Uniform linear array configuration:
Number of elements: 64
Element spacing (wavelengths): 0.25
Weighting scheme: hann
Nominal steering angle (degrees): -15
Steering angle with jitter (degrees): -15.61
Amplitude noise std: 0.05
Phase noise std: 0.05

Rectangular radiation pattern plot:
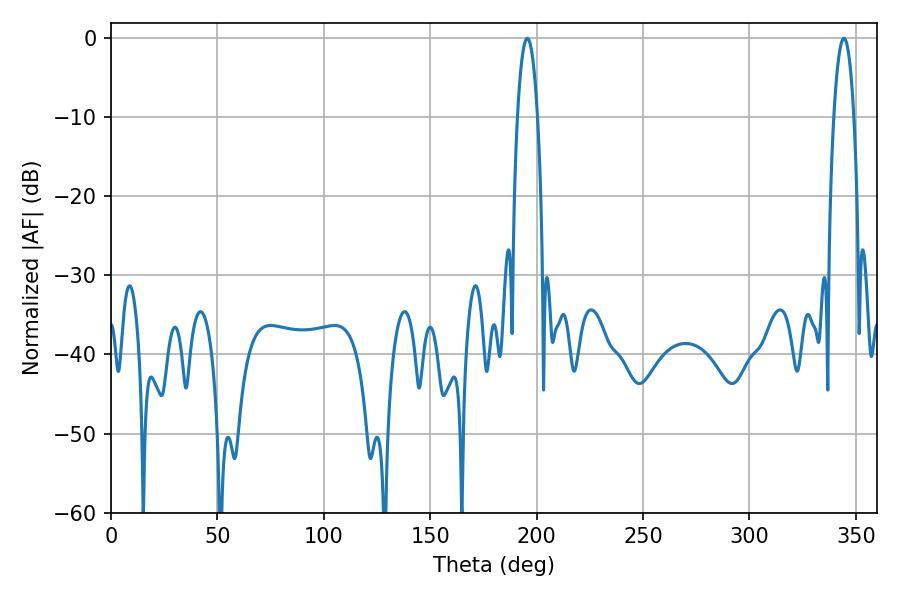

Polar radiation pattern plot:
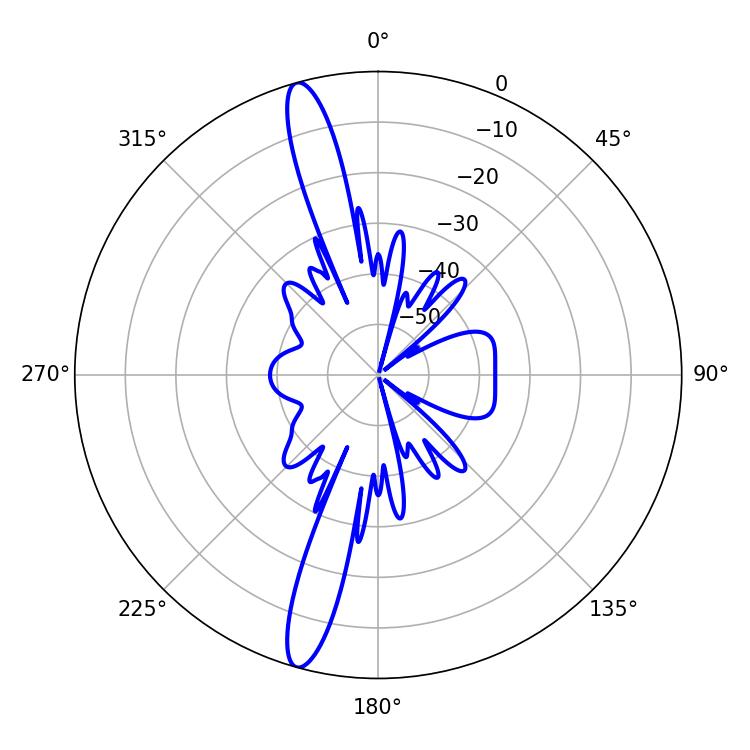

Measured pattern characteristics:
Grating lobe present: FALSE
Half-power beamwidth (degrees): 5.22
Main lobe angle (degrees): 195.66